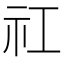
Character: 𬒬